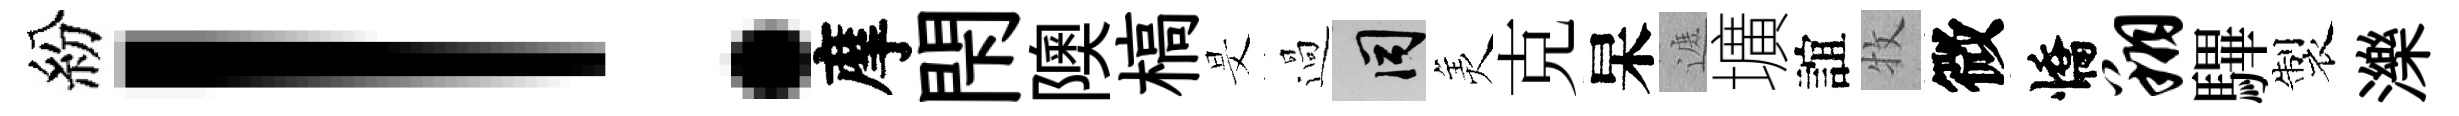
紛！摩閇隩槁旻過间羙克杲遮壙誼牧微憍翔驆製濼